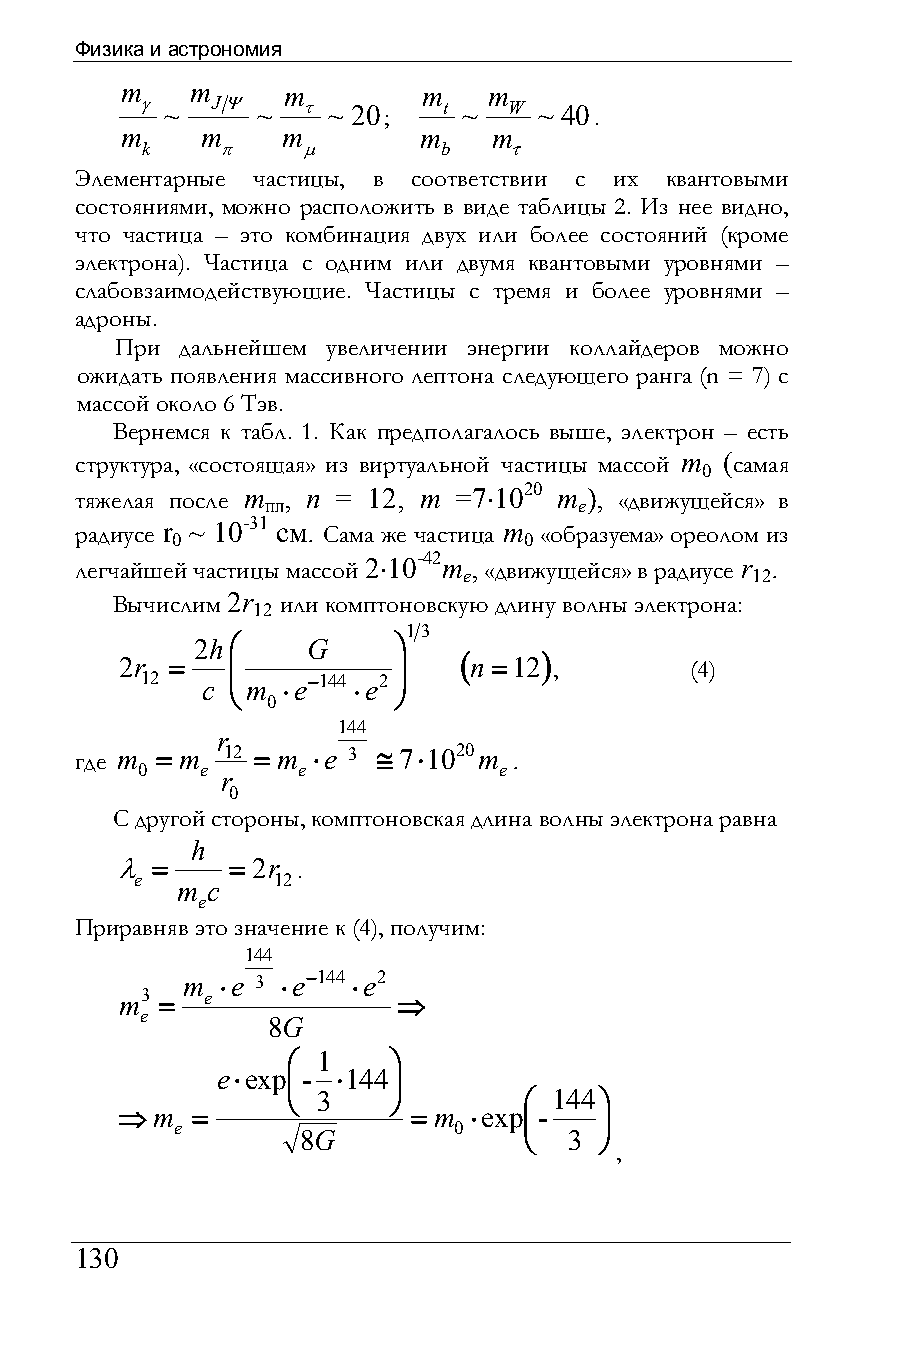
Физика и астрономия
 m    m     m        m   m
 γ ~  JΨ ~  τ ~ 20;  t ~  W ~ 40.
 m    m     m        m    m
 k     π    µ        b    τ
 Элементарные частицы, в соответствии с их квантовыми
 состояниями, можно расположить в виде таблицы 2. Из нее видно,
 что частица – это комбинация двух или более состояний (кроме
 электрона). Частица с одним или двумя квантовыми уровнями –
 слабовзаимодействующие. Частицы с тремя и более уровнями –
 адроны.
 При дальнейшем увеличении энергии коллайдеров можно
 ожидать появления массивного лептона следующего ранга (n = 7) с
 массой около 6 Тэв.
 Вернемся к табл. 1. Как предполагалось выше, электрон – есть
 структура, «состоящая» из виртуальной частицы массой m (самая
 0
 тяжелая после m , n = 12, m =7⋅1020 m ), «движущейся» в
 пл                   e
 радиусе r ~ 10-31 см. Сама же частица m «образуема» ореолом из
 0                       0
 легчайшей частицы массой 2⋅10-42m , «движущейся» в радиусе r .
 e                  12
 Вычислим 2r или комптоновскую длину волны электрона:
 12
 13
 2h⎛    G     ⎞
 2r =   ⎜          ⎟   ( n =12) ,      (4)
 12  c ⎜ m ⋅e−144 ⋅e2 ⎟
 ⎝          ⎠
 0
 144
 r
 где m = m 12 = m ⋅e 3 ≅ 7⋅1020m .
 0   e      e            e
 r
 0
 С другой стороны, комптоновская длина волны электрона равна
 h
 λ =    = 2r .
 e        12
 m c
 e
 Приравняв это значение к (4), получим:
 144
 m  ⋅e 3 ⋅e−144 ⋅e2
 m3 =  e           ⇒
 e
 8G
 ⎛ 1    ⎞
 e⋅exp⎜- ⋅144⎟
 ⎝ 3    ⎠        ⎛ 144⎞
 ⇒m   =             = m ⋅exp⎜-   ⎟
 e                 0
 8G             ⎝  3 ⎠
 ,
 130